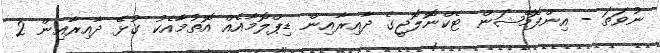
ނުވަތަ - އިންފޮމޭޝަން ޓެކްނޮލޮޖީގެ ދާއިރާއިން ޑިޕްލޮމާއެއް އޮތުމާއެކު ގުޅޭ ދާއިރާއިން 2